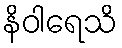
နိဝါရေသိ